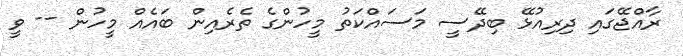
ރާއްޖޭގައި ދިރިއުޅޭ ބިދޭސީ މަސައްކަތު މީހުންގެ ތެރެއިން ބައެއް މީހުން -- ވީ